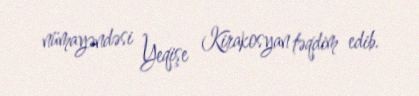
nümayəndəsi Yeqişe Kirakosyan təqdim edib.